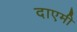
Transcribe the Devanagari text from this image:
दाएमी